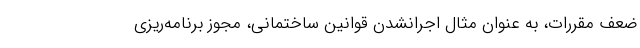
ضعف مقررات، به عنوان مثال اجرانشدن قوانین ساختمانی، مجوز برنامه‌ریزی